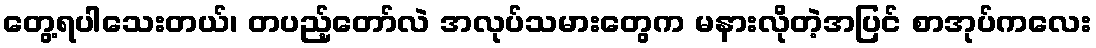
တွေ့ရပါသေးတယ်၊ တပည့်တော်လဲ အလုပ်သမားတွေက မနားလိုတဲ့အပြင် စာအုပ်ကလေး